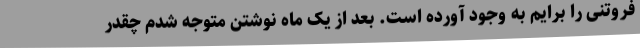
فروتنی را برایم به وجود آورده است. بعد از یک ماه نوشتن متوجه شدم چقدر